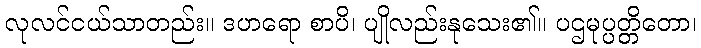
လုလင်ငယ်သာတည်း။ ဒဟရော စာပိ၊ ပျိုလည်းနုသေး၏။ ပဌမုပ္ပတ္တိတော၊